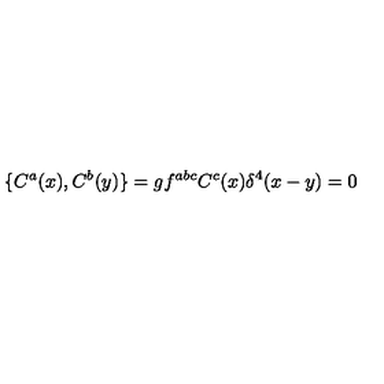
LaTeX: \{ C ^ { a } ( x ) , C ^ { b } ( y ) \} = g f ^ { a b c } C ^ { c } ( x ) \delta ^ { 4 } ( x - y ) = 0